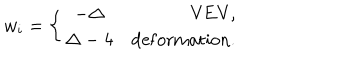
w _ { i } = \left\{ \begin{array} { c l } { { - \Delta } } & { { \mathrm { V E V , } } } \\ { { \Delta - 4 } } & { { \mathrm { d e f o r m a t i o n . } } } \\ \end{array} \right.